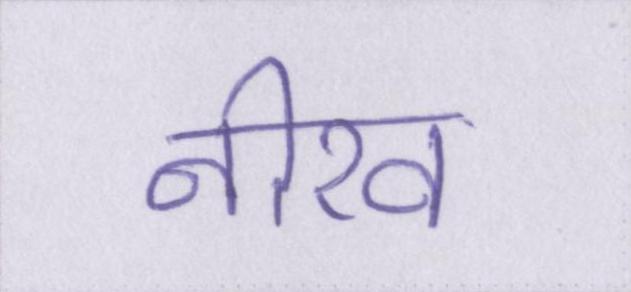
नीरव